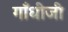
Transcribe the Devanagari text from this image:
गाँधीजी